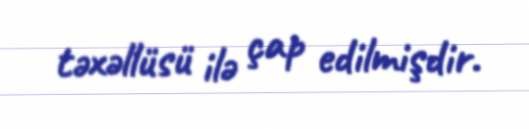
təxəllüsü ilə çap edilmişdir.